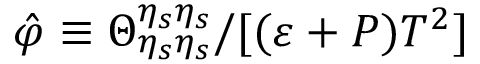
\hat { \varphi } \equiv \Theta _ { \eta _ { s } \eta _ { s } } ^ { \eta _ { s } \eta _ { s } } / [ ( \varepsilon + P ) T ^ { 2 } ]